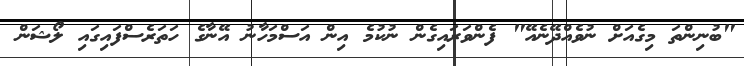
"ބުނިންތަ މިގެއަށް ނުވެއްދޭނެއޭ" ފެންވަރައިގެން ނުކުމެ އިން އަސްމަހާނު އޭނާގެ ހަތަރެސްފައިގައި ލޯޝަން